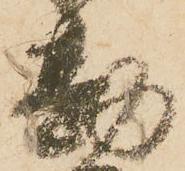
勘